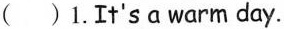
( )1.It's a warm day.